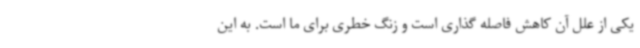
یکی از علل آن کاهش فاصله گذاری است و زنگ خطری برای ما است. به این